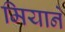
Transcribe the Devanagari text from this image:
मियाने